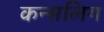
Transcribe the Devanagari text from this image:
कन्सलिग